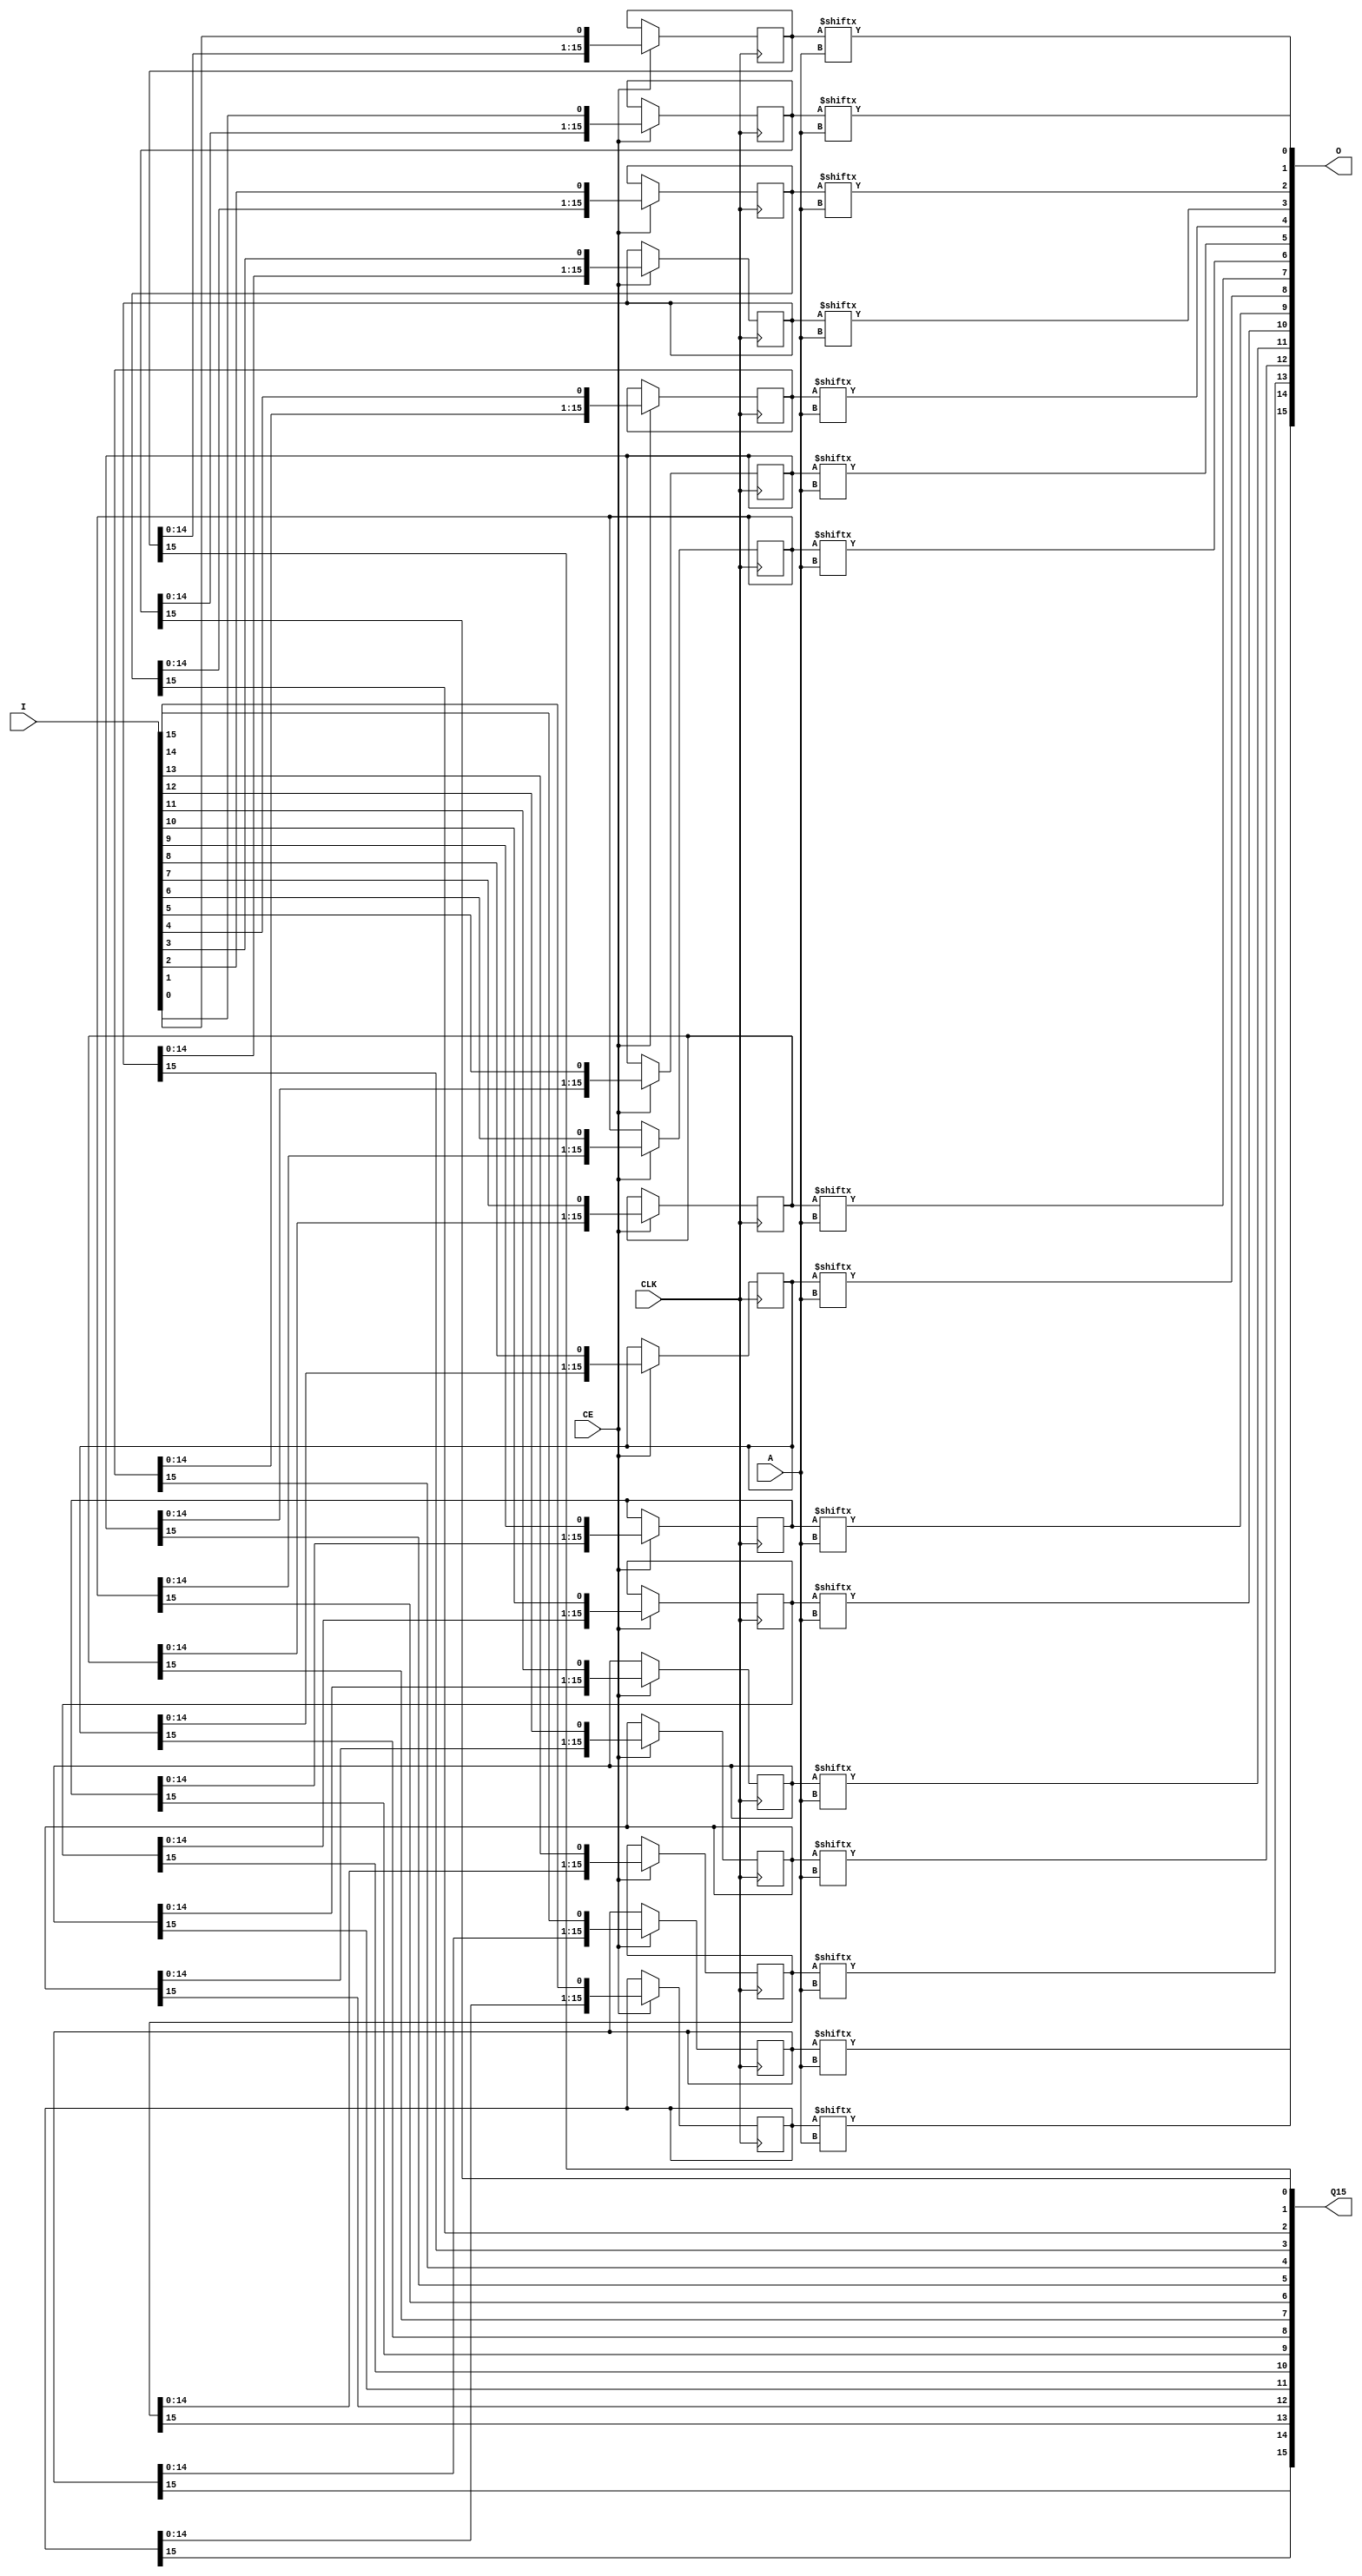
`timescale 1ns / 1ps
//////////////////////////////////////////////////////////////////////////////////
// Company: 
// Engineer: 
// 
// Design Name: 
// Module Name:    srl_nxm 
// Project Name: 
// Target Devices: 
// Tool versions: 
// Description: 
//
// Dependencies: 
//
// Revision: 
// Revision 0.01 - File Created
// Additional Comments: 
//
//////////////////////////////////////////////////////////////////////////////////
module srl_16dxm #(
	parameter Width = 16
)(
	input CLK,
	input CE,
	input [3:0] A, //Address is 1 less than depth, ie. for 5 clocks A is 4
	input [Width-1:0] I,
	output [Width-1:0] O,
	output [Width-1:0] Q15
);

(* syn_srlstyle = "select_srl" *)
   reg [15:0] sr [Width-1:0];

genvar i;
generate
	for (i=0; i < Width; i=i+1) 
	begin: bus_srl_dyn
		always @(posedge CLK)
			if (CE)
				sr[i] <= {sr[i][14:0], I[i]};

		assign O[i] = sr[i][A];
		assign Q15[i] = sr[i][15];
	end
endgenerate

//genvar i;
//generate
//	for (i=0; i < Width; i=i+1) 
//	begin: srl_bit
//		SRLC16E #(
//			.INIT(16'h0000) // Initial Value of Shift Register
//		) SRLC16E_inst (
//			.Q(O[i]),       // SRL data output
//			.Q15(Q15[i]),   // Carry output (connect to next SRL)
//			.A0(A[0]),     // Select[0] input
//			.A1(A[1]),     // Select[1] input
//			.A2(A[2]),     // Select[2] input
//			.A3(A[3]),     // Select[3] input
//			.CE(CE),     // Clock enable input
//			.CLK(CLK),   // Clock input
//			.D(I[i])        // SRL data input
//		);
//	end
//endgenerate

endmodule